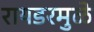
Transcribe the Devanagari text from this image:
रायडरमुळे